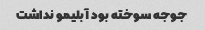
جوجه سوخته بود آبلیمو نداشت